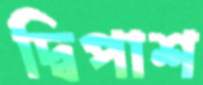
দ্বিপাশ